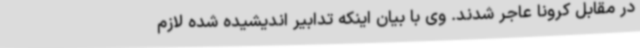
در مقابل کرونا عاجر شدند. وی با بیان اینکه تدابیر اندیشیده شده لازم